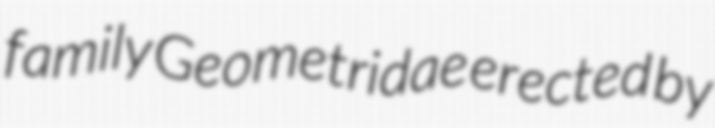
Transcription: family Geometridae erected by